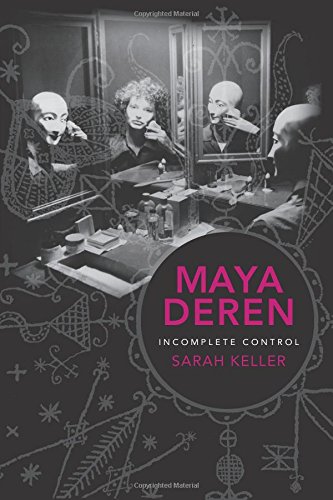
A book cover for Maya Deren: Incomplete Control (Film and Culture Series); Sarah Keller; Humor & Entertainment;